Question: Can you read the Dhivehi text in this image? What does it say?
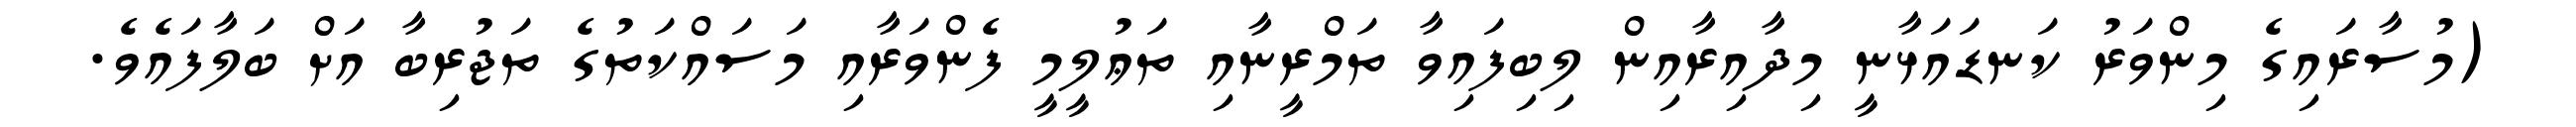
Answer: (މުސާރައިގެ މިންވަރު ކަނޑައަޅާނީ މިދާއިރާއިން ލިބިފައިވާ ތަމްރީނާއި ތަޢުލީމީ ފެންވަރާއި މަސައްކަތުގެ ތަޖުރިބާ އަށް ބަލާފައެވެ.